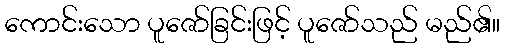
ကောင်းသော ပူဇော်ခြင်းဖြင့် ပူဇော်သည် မည်၏။